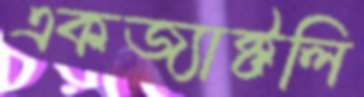
একজ্যাক্টলি